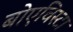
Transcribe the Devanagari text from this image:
बोएविस्टा